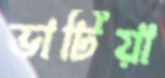
ভাটিয়া